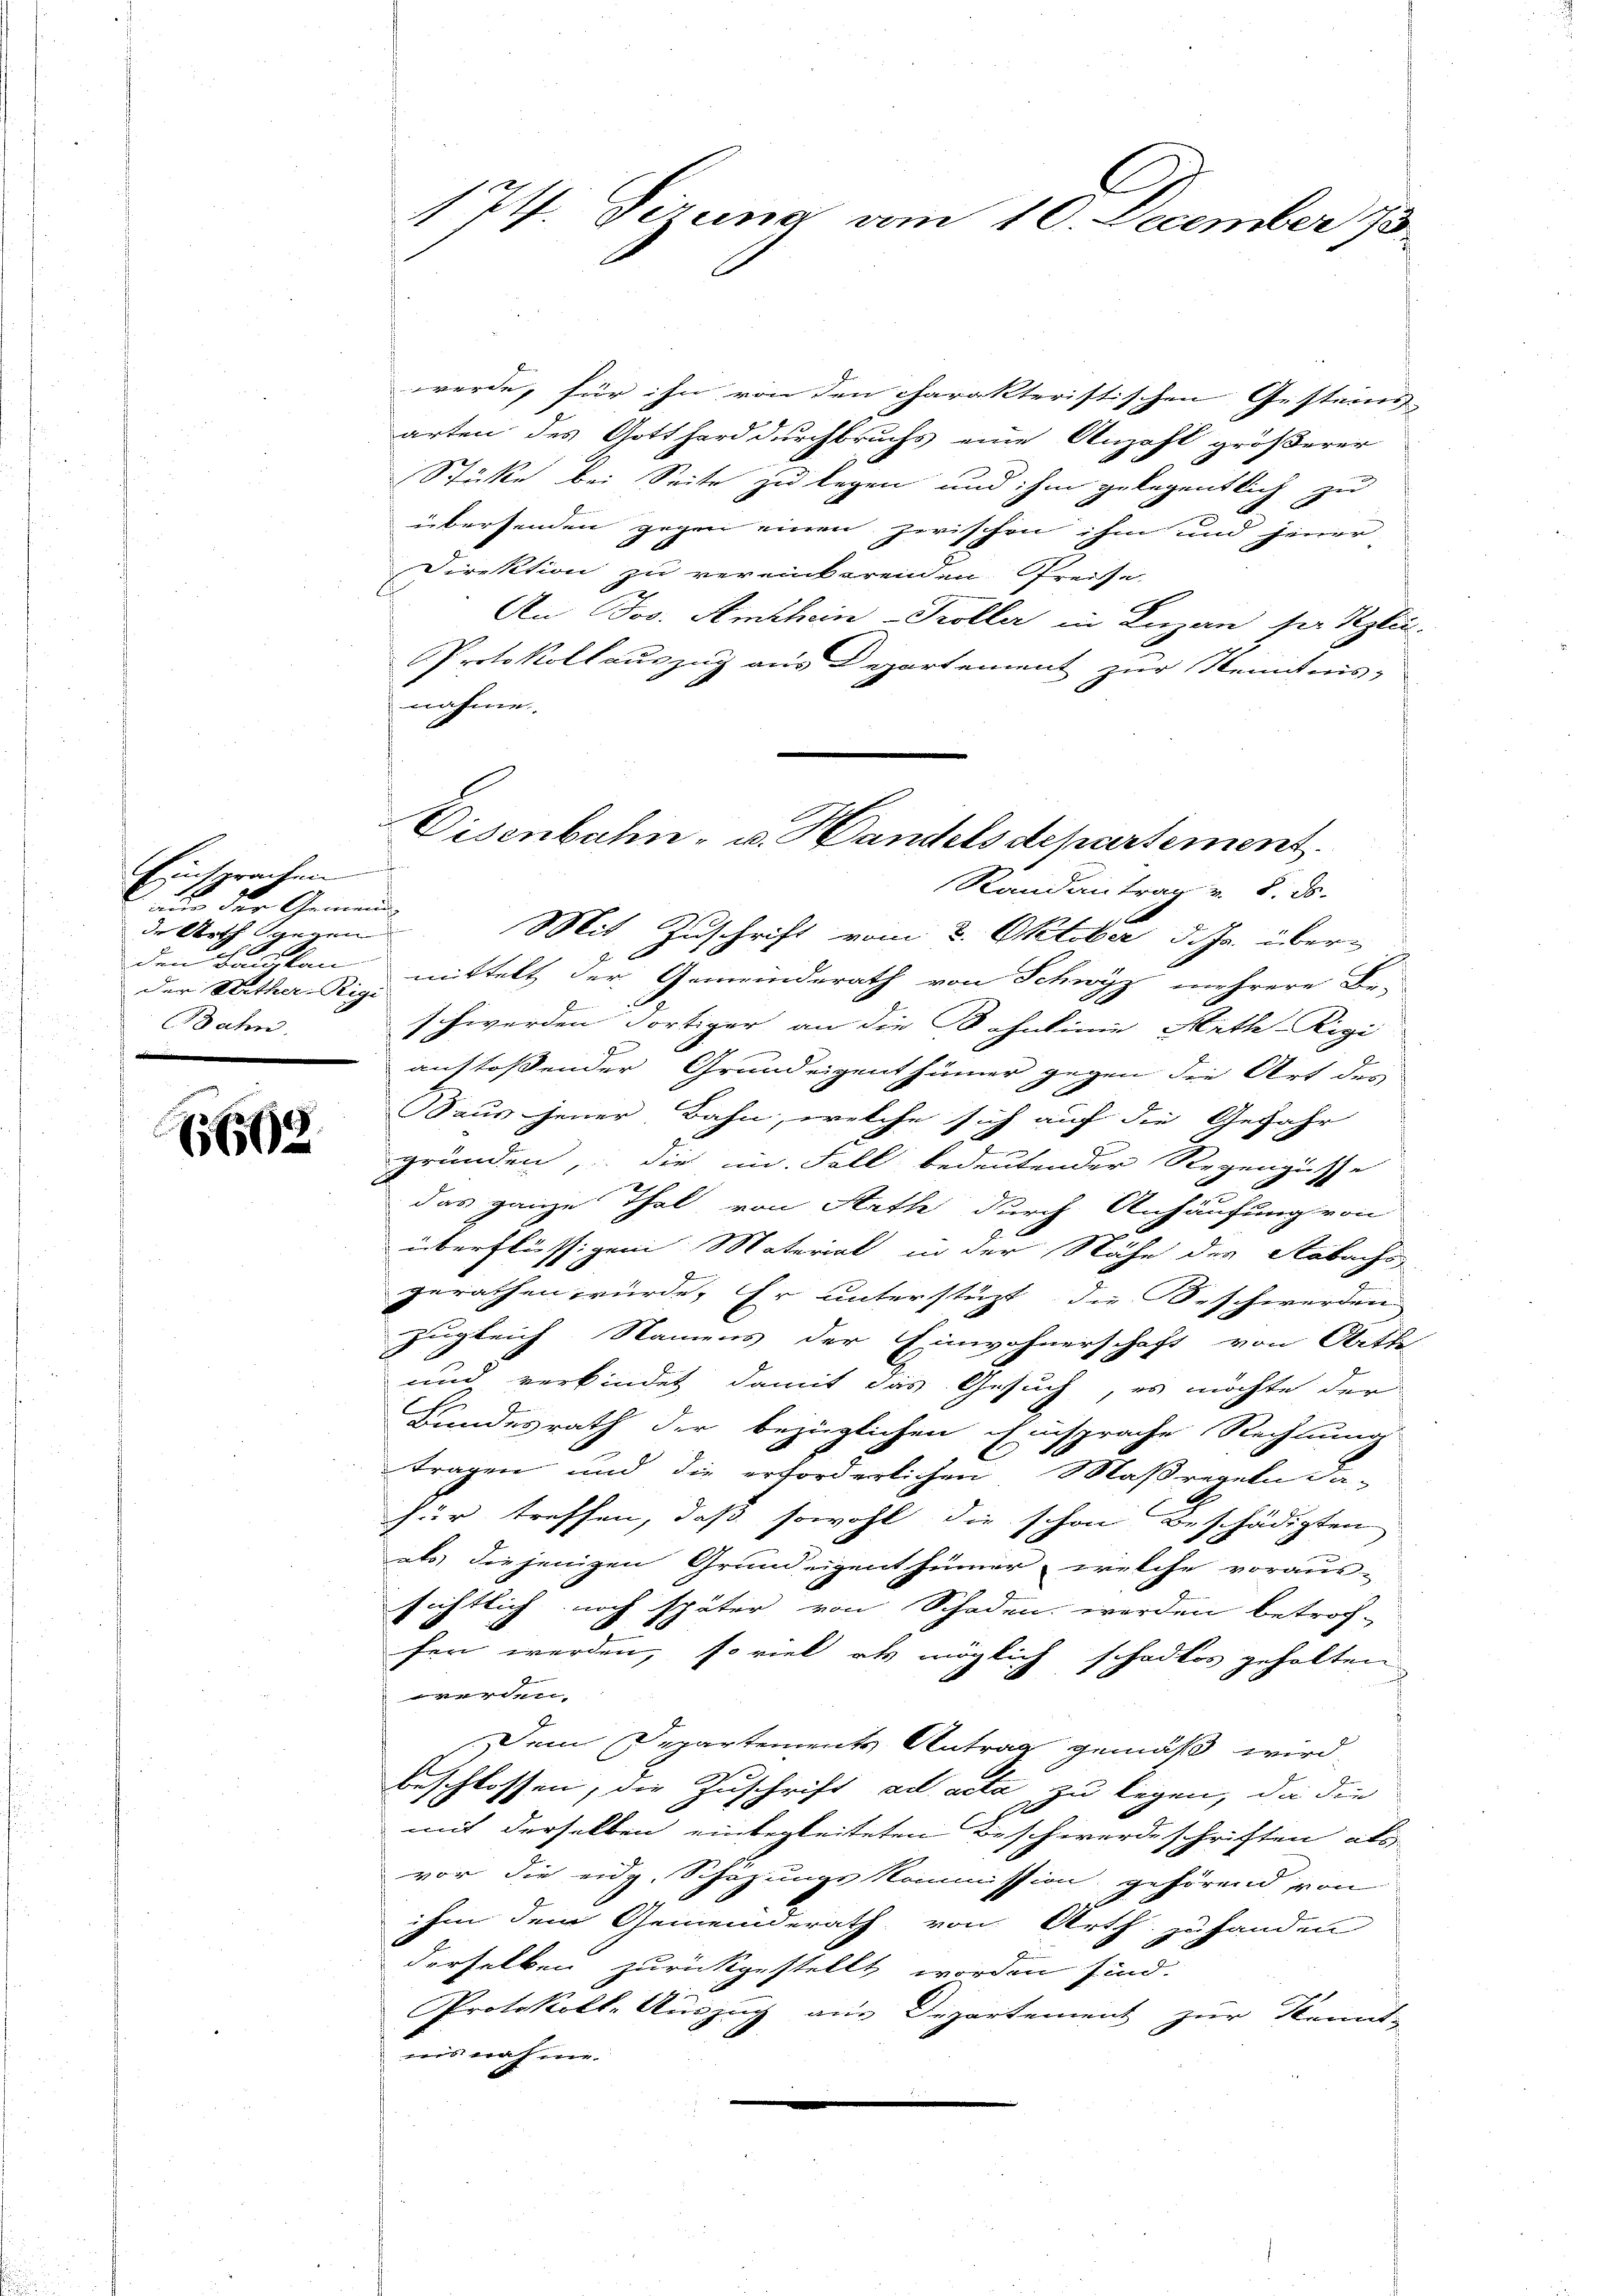
Eintrachen
nur der Gemeinde Arth gegen
Der Reither-Rigi-
Bahn.

15569

werde, für ihn von den charakteristischen Gesteins-
arten des Gotthard durchbruchs eine Anzahl größerer
Stücke bei Seite zu legen und ihm gelegentlich zu
übersenden gegen einen zwischen ihm und jener
Direktion zu vereinbarenden Preise
An Jos. Amthein-Troller in Luzern ser Klei-
Protokollauszug aus Departement zur Kenntnis-
nahme
Randantrag v. 8. ds.
Mit Zuschrift vom 8. Oktober d. Js. überden Bauskau mittelt der Gemeinderath von Schwyz mehrere Be-
schwerden Fortiger an die Bahnlinie Arth-Rigi
austoßender Grundeigenthümer gegen die Art des
Saus jener Bahn, welche sich auf die Gefahr
gründen, die in Fall bedeutender Regengüsse
das ganze Thal von Rath durch Anhäufung von
überflüssigen Material in der Nähe der Aabachs
gerathen würde, Er unterstüzt, die Beschwerden
zugleich Namens der Einwohnerschaft von Bitte
und verbindet damit das Gesuch, es möchte der
E
Bundesrath der bezüglichen Einsprache Rechnung
tragen und die erforderlichen Maßregeln da-
für treffen, daß sowohl die schon beschädigten
als diejenigen Grundeigenthümmer, welche voraus-
sichtlich noch später von Schaden werden betrof-
fen werden, so viel als möglich schadlos gehalten
en
Dem Departements Antrag gemäß wird,
beschlossen, die Zuschrift ad acta zu legen, die die
mit derselben einbegleiteten Beschwerde schriften als
vor die eidg. Schazungskommission gehörend von
ihm dem Gemeinderath von Arth zu handen
derselben zurückgestellt worden sind.
s
Protokolle Auszug aus Departement zur Kennt-
nis nahme.

1 T. Tizung vom 10. December 18

Eisenbahn- u. Handels departement.